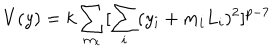
V ( y ) = k \sum _ { m _ { i } } [ \sum _ { i } ( y _ { i } + m _ { i } L _ { i } ) ^ { 2 } ] ^ { p - 7 }